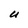
Character: U